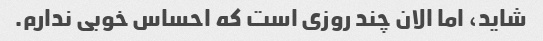
شاید، اما الان چند روزی است که احساس خوبی ندارم.